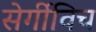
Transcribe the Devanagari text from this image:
सेर्गीविच